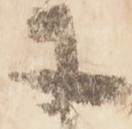
等